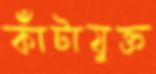
কাঁটাযুক্ত